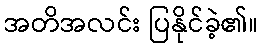
အတိအလင်း ပြနိုင်ခဲ့၏။